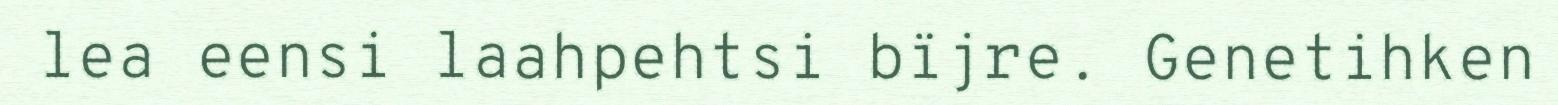
lea eensi laahpehtsi bïjre. Genetihken